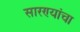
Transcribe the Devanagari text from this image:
सारण्यांचा